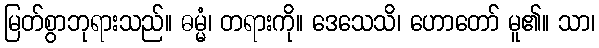
မြတ်စွာဘုရားသည်။ ဓမ္မံ၊ တရားကို။ ဒေသေသိ၊ ဟောတော် မူ၏။ သာ၊